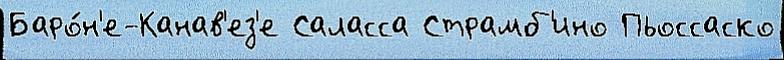
Баро́н'е-Канав'ез'е Саласса Страмб'ино Пьоссаско